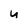
Character: u